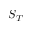
S _ { T }